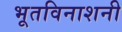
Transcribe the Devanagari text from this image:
भूतविनाशनी